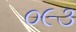
૦૯૩